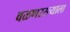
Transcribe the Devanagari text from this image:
वळणरस्त्याला